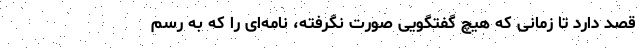
قصد دارد تا زمانی که هیچ گفتگویی صورت نگرفته، نامه‌ای را که به رسم